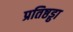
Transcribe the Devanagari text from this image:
प्रतिष्ठड्ढा